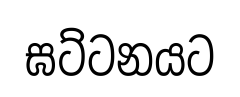
ඝට්ටනයට